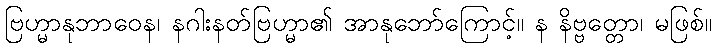
ဗြဟ္မာနုဘာဝေန၊ နဂါးနတ်ဗြဟ္မာ၏ အာနုဘော်ကြောင့်။ န နိဗ္ဗတ္တော၊ မဖြစ်။